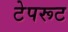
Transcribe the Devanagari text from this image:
टेपरूट